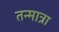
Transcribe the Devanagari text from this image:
तन्मात्रा